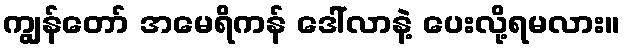
ကျွန်တော် အမေရိကန် ဒေါ်လာနဲ့ ပေးလို့ရမလား။